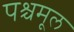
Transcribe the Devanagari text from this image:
पश्चमूल